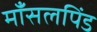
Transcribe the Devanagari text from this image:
माँसलपिंड